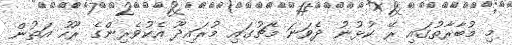
މި މުބާރާތުގައި ރޭ ކުޅުނު ދެވަނަ މެޗުގައި މުރައިދޫ އެކުވެރިންގެ ރޫހު އަތުން